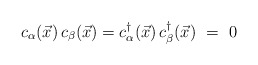
\begin{align*}c_\alpha({\vec x})\,c_\beta({\vec x})=c_\alpha^\dagger({\vec x})\,c_\beta^\dagger({\vec x}) ~ = ~ 0\end{align*}